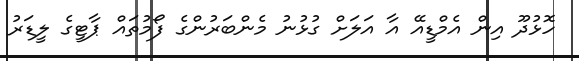
ހޮޅުދޫ އިން އެމްޑީއޭ އާ އަލަށް ގުޅުނު މެންބަރުންގެ ފޯމުތައް ޕާޓީގެ ލީޑަރު